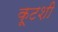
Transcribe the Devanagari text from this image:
कूटशी